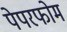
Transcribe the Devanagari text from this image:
पेपरफोम